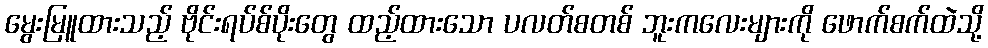
မွေးမြူထားသည့် ဗိုင်းရပ်စ်ပိုးတွေ ထည့်ထားသော ပလတ်စတစ် ဘူးကလေးများကို ဖောက်စက်ထဲသို့